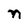
Character: n